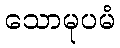
သောမုပမံ